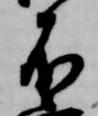
不